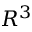
R ^ { 3 }